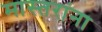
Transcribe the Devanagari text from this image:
मास्तरांना